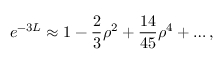
e ^ { - 3 L } \approx 1 - \frac { 2 } { 3 } \rho ^ { 2 } + \frac { 1 4 } { 4 5 } \rho ^ { 4 } + \ldots ,